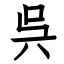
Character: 呉